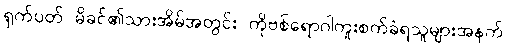
ရှက်ပတ် မိခင်၏သားအိမ်အတွင်း ကိုဗစ်ရောဂါကူးစက်ခံရသူများအနက်